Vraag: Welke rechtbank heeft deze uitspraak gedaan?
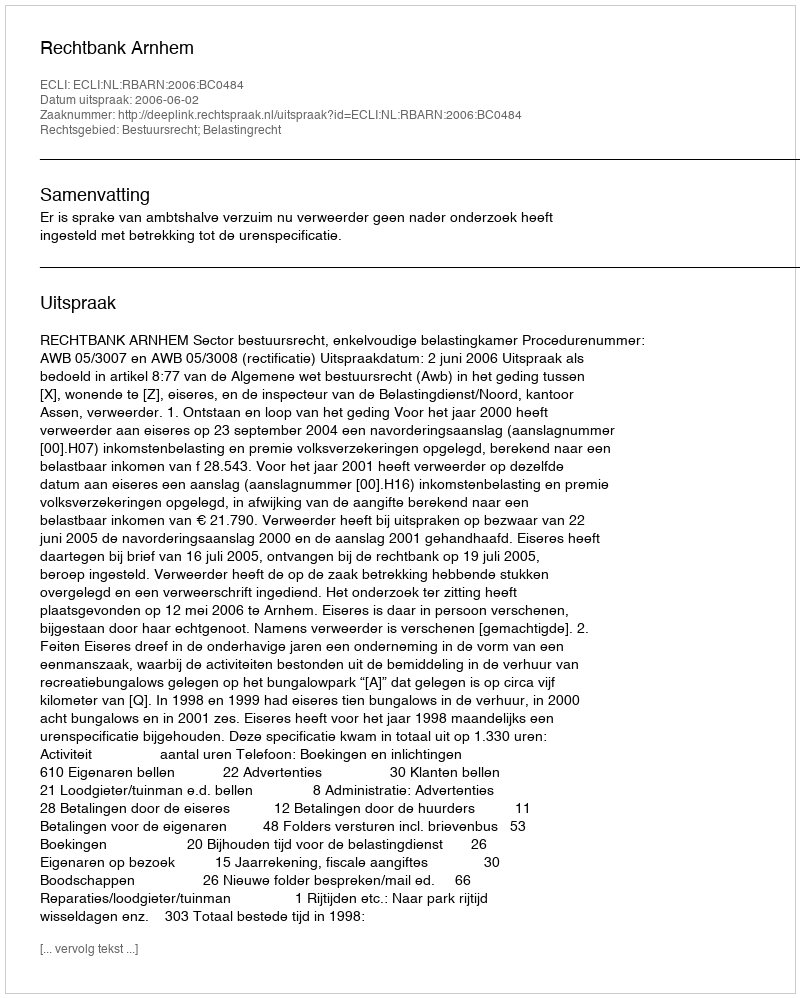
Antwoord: Rechtbank Arnhem